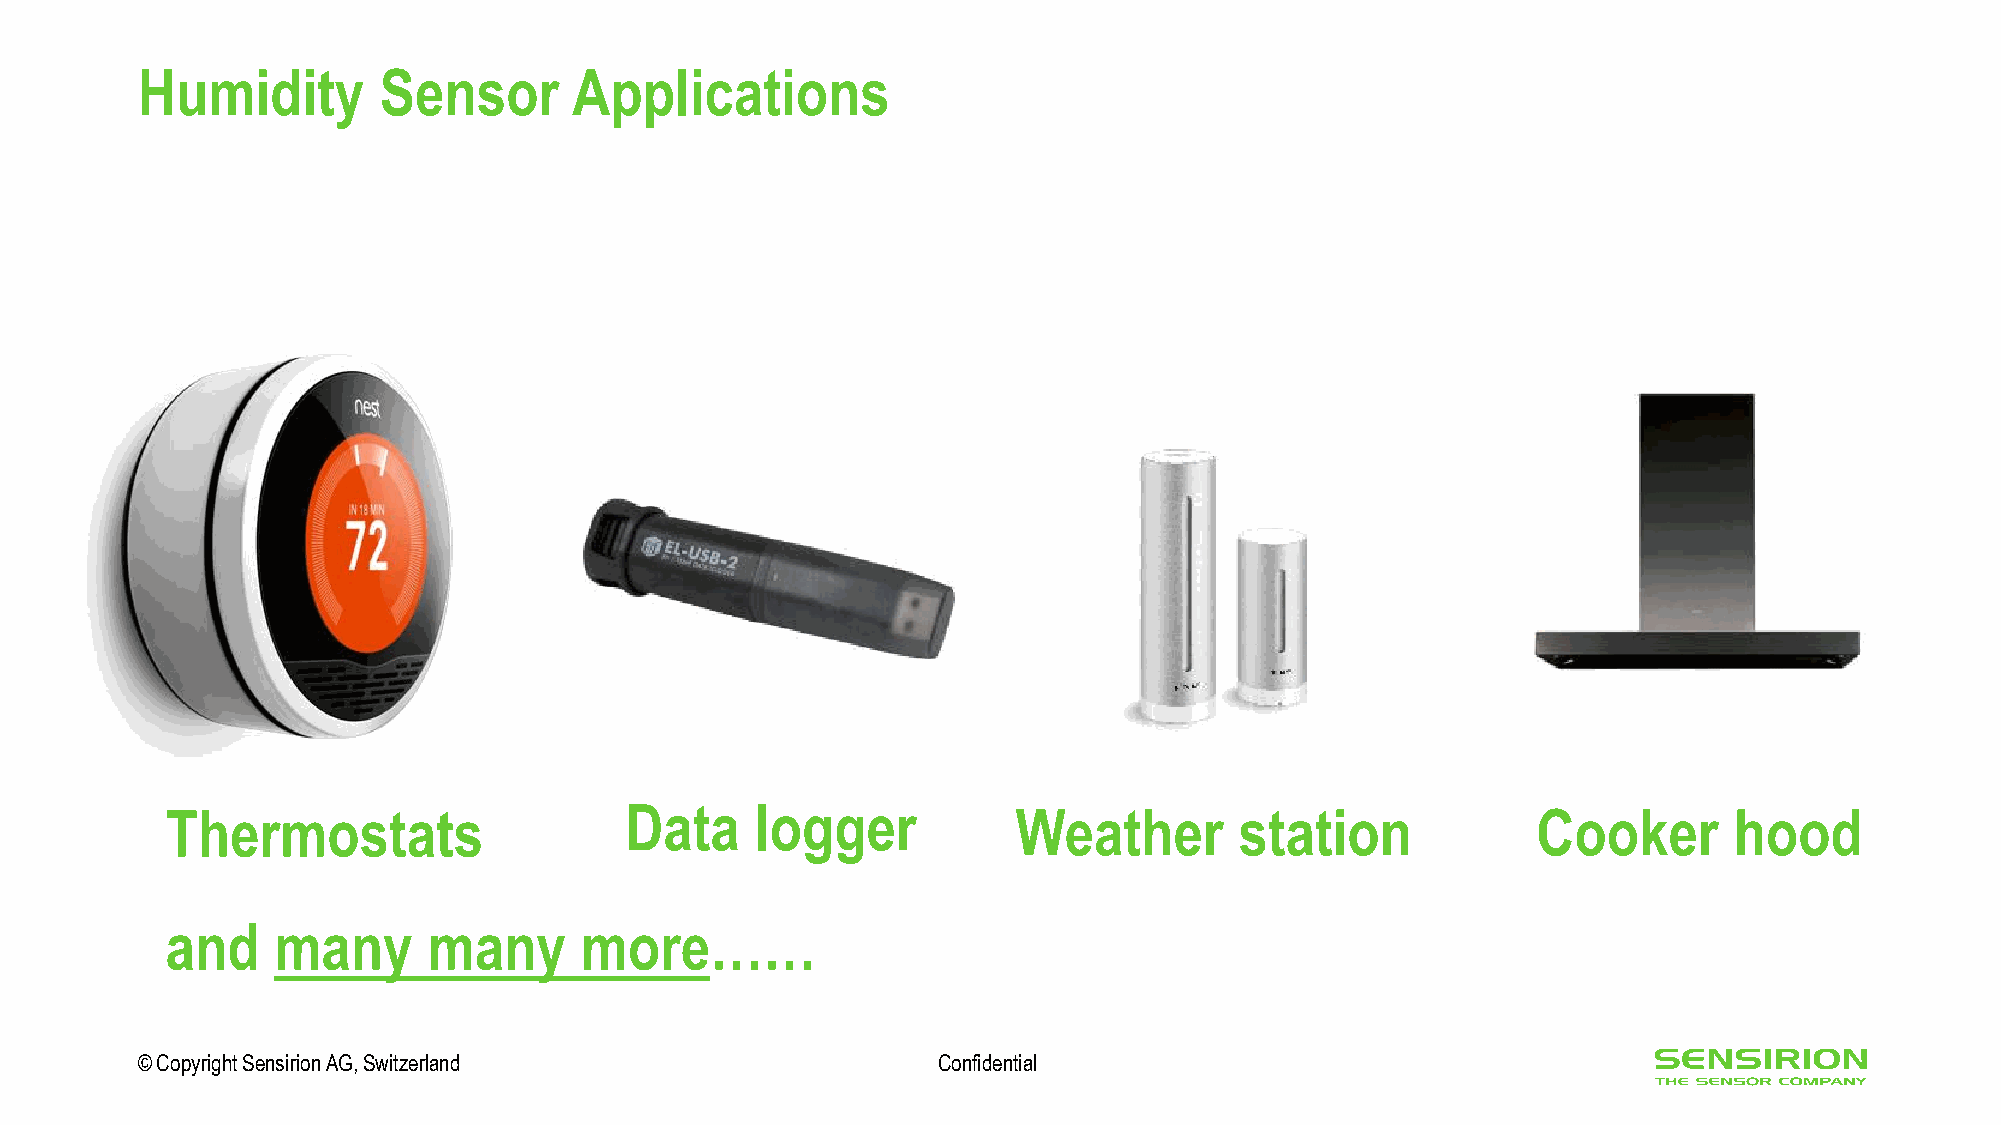
Humidity        Sensor       Applications
 Thermostats                   Data     logger           Weather        station             Cooker       hood
 and    many      many      more……
 © Copyright Sensirion AG, Switzerland                Confidential